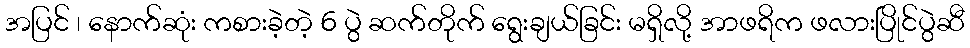
အပြင် ၊ နောက်ဆုံး ကစားခဲ့တဲ့ 6 ပွဲ ဆက်တိုက် ရွေးချယ်ခြင်း မရှိလို့ အာဖရိက ဖလားပြိုင်ပွဲဆီ